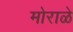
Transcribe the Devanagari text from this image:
मोराळे